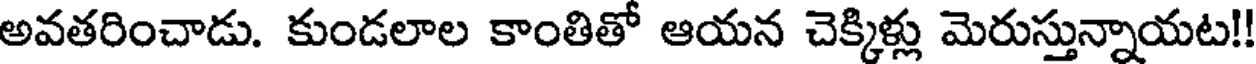
అవతరించాడు. కుండలాల కాంతితో ఆయన చెక్కిళ్లు మెరుస్తున్నాయట!!